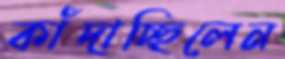
কাঁদাচ্ছিলেন